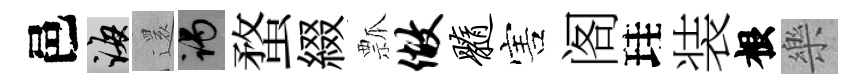
邑誨𮟃谒蝥綴瓢做髓害阁珪装根樂